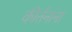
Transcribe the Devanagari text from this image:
कीर्तनांना